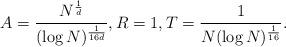
LaTeX: \begin{align*}A = \frac{N^{\frac 1 d}}{(\log N )^{\frac 1{16d}}}, R = 1, T = \frac 1{N (\log N)^{\frac 1{16}}} .\end{align*}